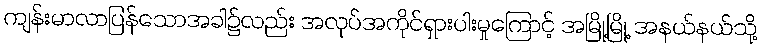
ကျန်းမာလာပြန်သောအခါ၌လည်း အလုပ်အကိုင်ရှားပါးမှုကြောင့် အမြို့မြို့ အနယ်နယ်သို့